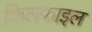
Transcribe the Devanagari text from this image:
किलफाइल